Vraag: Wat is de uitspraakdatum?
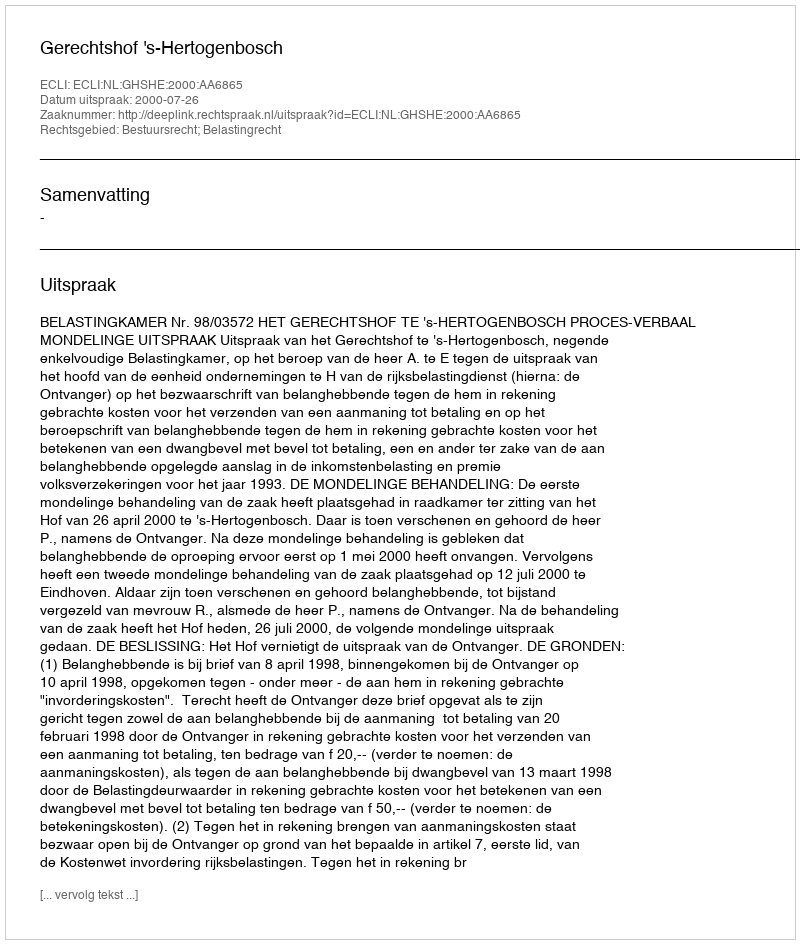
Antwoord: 2000-07-26